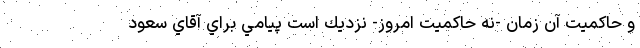
و حاكميت آن زمان -نه حاكميت امروز- نزديك است پيامي براي آقاي سعود